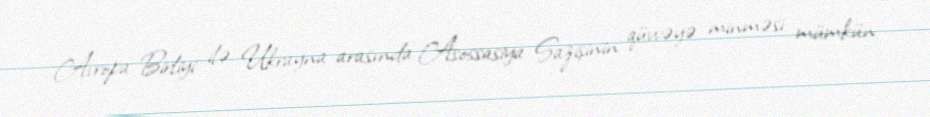
Avropa Birliyi ilə Ukrayna arasında Asossasiya Sazişinin qüvvəyə minməsi mümkün